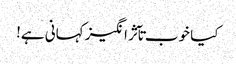
کیا خوب تآثر انگیز کہانی ہے!